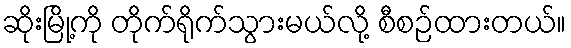
ဆိုးမြို့ကို တိုက်ရိုက်သွားမယ်လို့ စီစဉ်ထားတယ်။